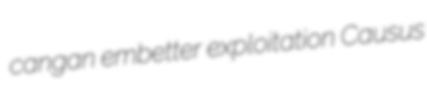
cangan embetter exploitation Causus